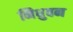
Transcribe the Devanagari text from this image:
निधुवन